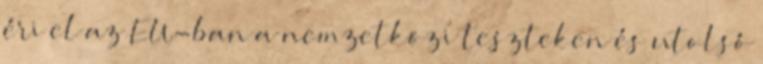
éri el az EU-ban a nemzetközi teszteken és utolsó